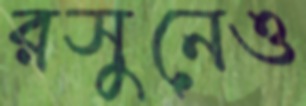
রসুনেও